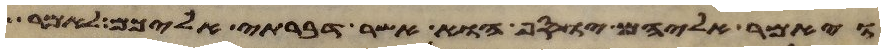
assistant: ויאמר אליהם יוסף הוא אשר דברתי אליכם לאמר